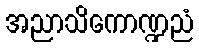
အညာသိကောဏ္ဍညံ